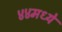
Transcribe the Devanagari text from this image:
४४मध्ये